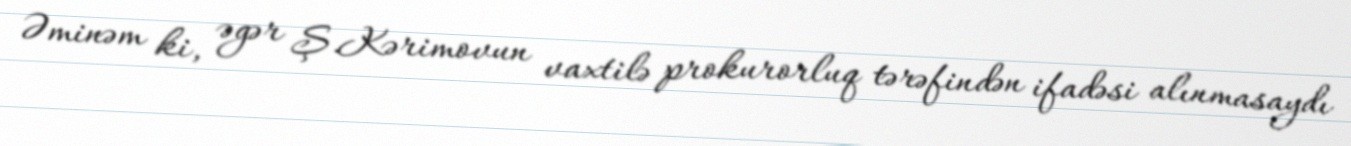
Əminəm ki, əgər Ş.Kərimovun vaxtilə prokurorluq tərəfindən ifadəsi alınmasaydı